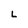
Character: L